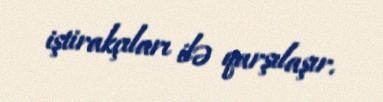
iştirakçıları ilə qarşılaşır.